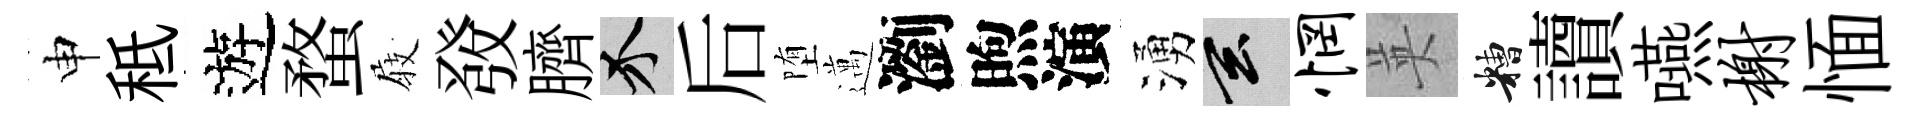
申秪遊蝥𡲆𤼲臍介后堕邁瀏煦演湧玄惘英糟讀嚥榭愐